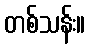
တစ်သန်း။